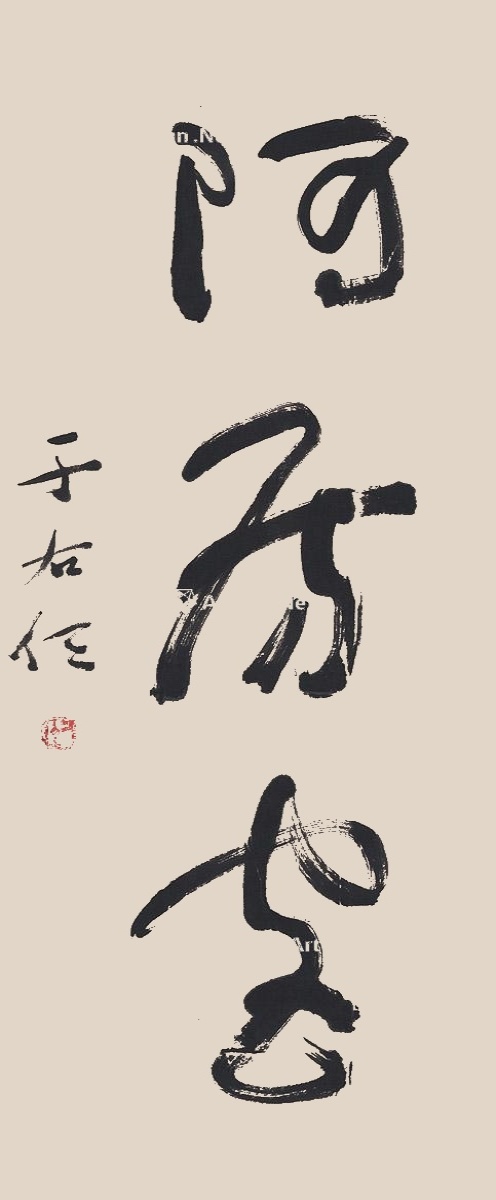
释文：阿房宫。于右任。